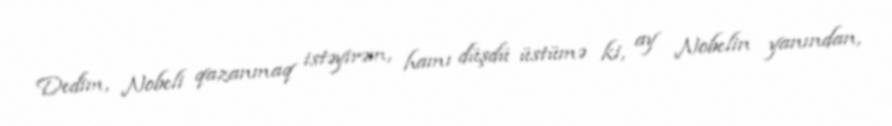
Dedim, Nobeli qazanmaq istəyirəm, hamı düşdü üstümə ki, ay Nobelin yanından,